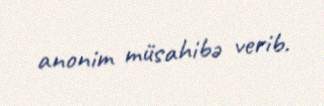
anonim müsahibə verib.